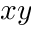
x y